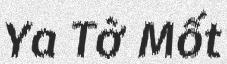
Ya Tờ Mốt